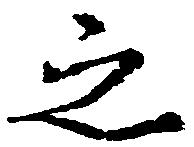
之